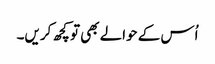
اُس کے حوالے بھی تو کچھ کریں۔